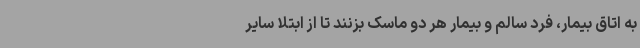
به اتاق بیمار، فرد سالم و بیمار هر دو ماسک بزنند تا از ابتلا سایر